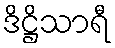
ဒိဋ္ဌိသာရီ